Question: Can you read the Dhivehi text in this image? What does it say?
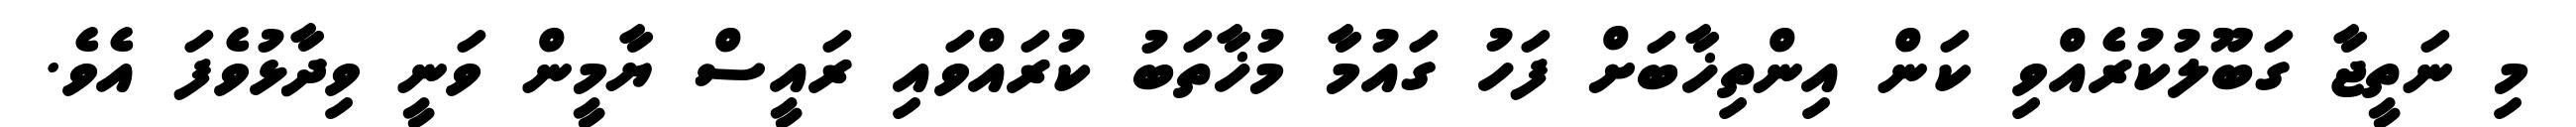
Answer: މި ނަތީޖާ ގަބޫލުކުރެއްވި ކަން އިންތިޚާބަށް ފަހު ގައުމާ މުޚާތަބު ކުރައްވައި ރައީސް ޔާމީން ވަނީ ވިދާޅުވެފަ އެވެ.